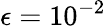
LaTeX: \epsilon=10^{-2}